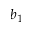
b _ { 1 }